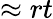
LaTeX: \approx rt